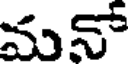
మనో